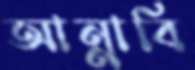
আন্নাবি